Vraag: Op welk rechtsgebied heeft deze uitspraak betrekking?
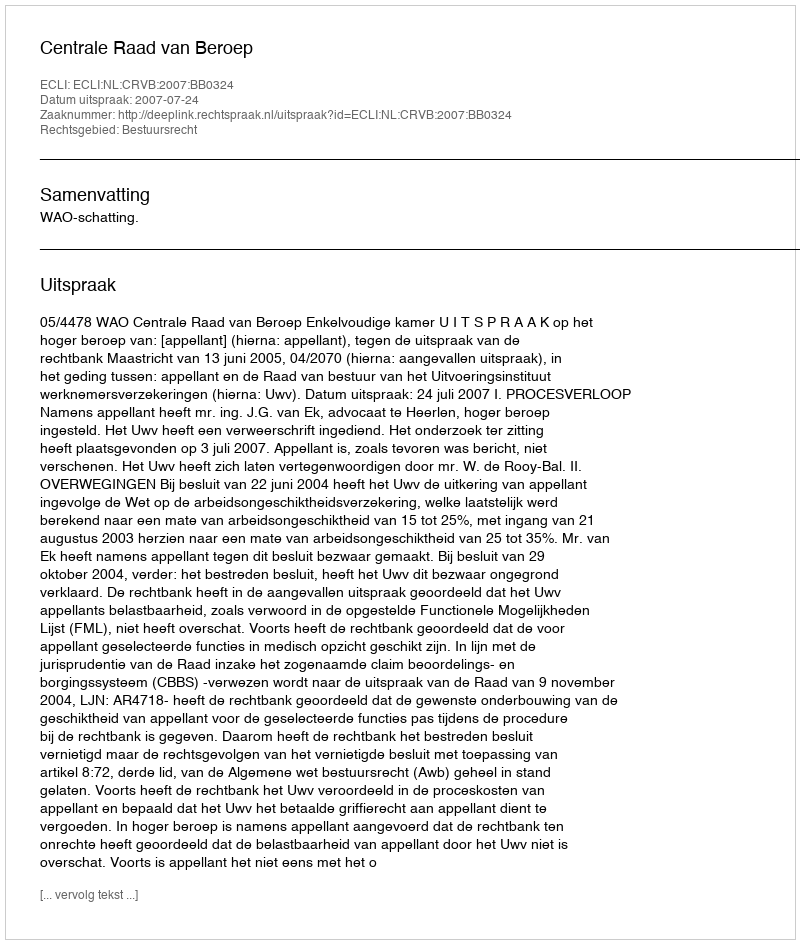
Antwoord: Bestuursrecht